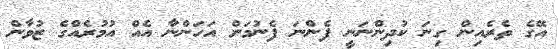
އޭގެ ތެރެއިން ގިނަ ކުދިންނަނީ ފެންނަ ފެނުމަށް އަހަންނާ އެއް އުމުރެއްގެ ޒުވާން